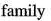
family